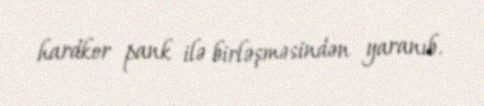
hardkor pank ilə birləşməsindən yaranıb.